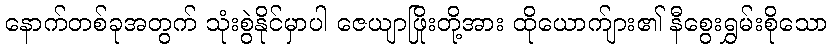
နောက်တစ်ခုအတွက် သုံးစွဲနိုင်မှာပါ ဇေယျာဖြိုးတို့အား ထိုယောက်ျား၏ နီစွေးရွှမ်းစိုသော